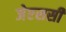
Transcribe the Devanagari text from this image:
जेएससी